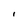
Character: I